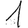
Digit: 1